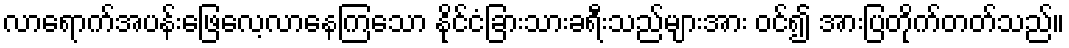
လာရောက်အပန်းဖြေလေ့လာနေကြသော နိုင်ငံခြားသားခရီးသည်များအား ဝင်၍ အားပြတိုက်တတ်သည်။